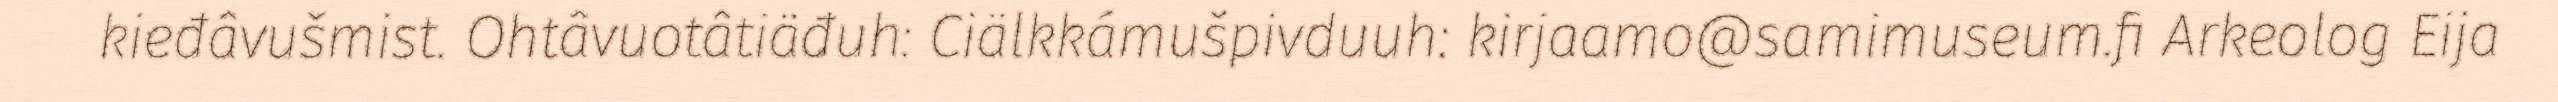
kieđâvušmist. Ohtâvuotâtiäđuh: Ciälkkámušpivduuh: kirjaamo@samimuseum.fi Arkeolog Eija